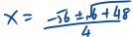
x = \frac { - \sqrt { 6 } \pm \sqrt { 6 + 4 8 } } { 4 }